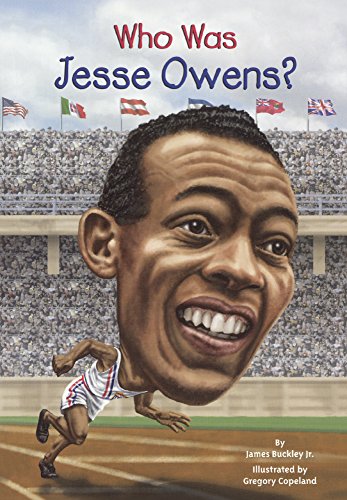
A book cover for Who Was Jesse Owens? (Turtleback School & Library Binding Edition); James Buckley; Children's Books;